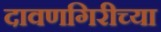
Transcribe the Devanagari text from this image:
दावणगिरीच्या